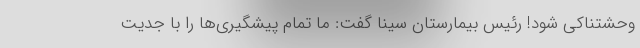
وحشتناکی شود! رئیس بیمارستان سینا گفت: ما تمام پیشگیری‌ها را با جدیت